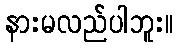
နားမလည်ပါဘူး။